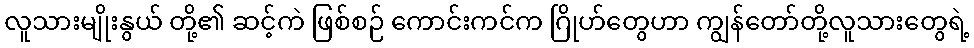
လူသားမျိုးနွယ် တို့၏ ဆင့်ကဲ ဖြစ်စဉ် ကောင်းကင်က ဂြိုဟ်တွေဟာ ကျွန်တော်တို့လူသားတွေရဲ့